Vaccination North-Western Provinces and Oudh 1896-1901 - 1896-1901
Year: 1896
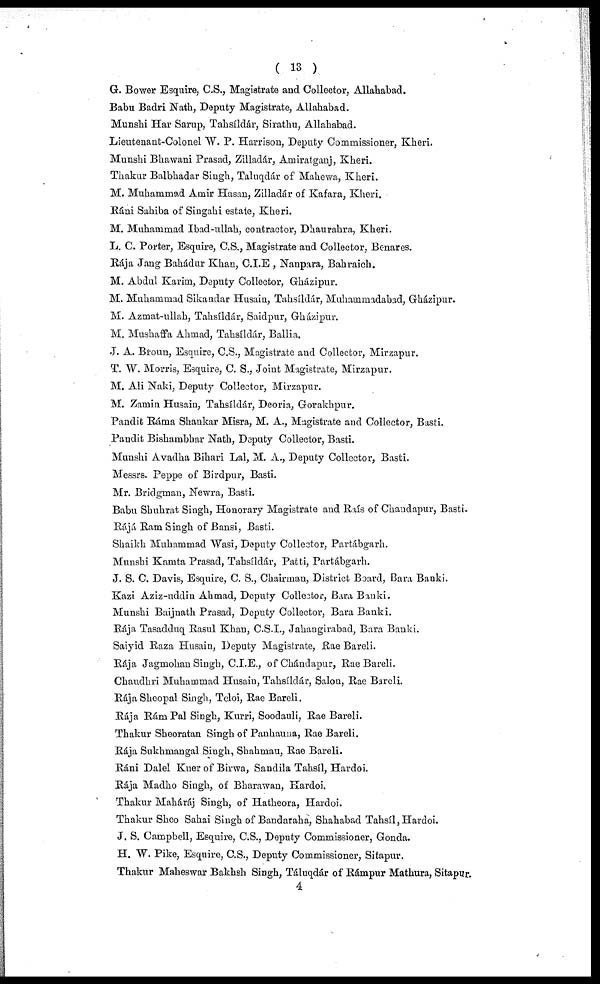
( 13 )
G. Bower Esquire, C.S., Magistrate and Collector, Allahabad.
Babu Badri Nath, Deputy Magistrate, Allahabad.
Munshi Har Sarup, Tahsíldár, Sirathu, Allahabad.
Lieutenant-Colonel W. P. Harrison, Deputy Commissioner, Kheri.
Munshi Bhawani Prasad, Zilladár, Amiratganj, Kheri.
Thakur Balbhadar Singh, Taluqdár of Makewa, Kheri.
M. Muhammad Amir Hasan, Zilladár of Kafara, Kheri.
Ráni Sahiba of Singahi estate, Kheri.
M. Muhammad Ibad-ullah, contractor, Dhaurahra, Kheri.
L. C. Porter, Esquire, C.S., Magistrate and Collector, Benares.
Rája Jang Bahádur Khan, C.I.E , Nanpara, Bahraich.
M. Abdul Karim, Deputy Collector, Gházipur.
M. Muhammad Sikandar Husain, Tahsíldár, Muhammadabad, Gházipur.
M. Azmat-ullah, Tahsíldár, Saidpur, Gházipur.
M. Mushaffa Ahmad, Tahsíldár, Ballia.
J. A. Broun, Esquire, C.S., Magistrate and Collector, Mirzapur.
T. W. Morris, Esquire, C. S., Joint Magistrate, Mirzapur.
M. Ali Naki, Deputy Collector, Mirzapur.
M. Zamin Husain, Tahsíldár, Deoria, Gorakhpur.
Pandit Ráma Shankar Misra, M. A., Magistrate and Collector, Basti.
Pandit Bishambhar Nath, Deputy Collector, Basti.
Munshi Avadha Bihari Lal, M. A., Deputy Collector, Basti.
Messrs. Peppe of Birdpur, Basti.
Mr. Bridgman, Newra, Basti.
Babu Shuhrat Singh, Honorary Magistrate and Raís of Chandapur, Basti.
Rájá Ram Singh of Bansi, Basti.
Shaikh Muhammad Wasi, Deputy Collector, Partábgarh.
Munshi Kamta Prasad, Tahsíldár, Patti, Partábgarh.
J. S. C. Davis, Esquire, C. S., Chairman, District Board, Bara Banki.
Kazi Aziz-uddin Ahmad, Deputy Collector, Bara Banki.
Munshi Baijnath Prasad, Deputy Collector, Bara Banki.
Rája Tasadduq Rasul Khan, C.S.I., Jahaugirabad, Bara Banki.
Saiyid Raza Husain, Deputy Magistrate, Rae Bareli.
Rája Jagmohan Singh, C.I.E., of Chándapur, Rae Bareli.
Chaudhri Muhammad Husain, Tahsíldár, Salon, Rae Bareli.
Rája Sheopal Singh, Teloi, Rae Bareli.
Rája Rám Pal Singh, Kurri, Soodauli, Rae Bareli.
Thakur Sheoratan Singh of Panhauna, Rae Bareli.
Rája Sukhmangal Singh, Shahmau, Rae Bareli.
Ráni Dalel Kuer of Birwa, Sandila Tahsíl, Hardoi.
Rája Madho Singh, of Bharawan, Hardoi.
Thakur Maháráj Singh, of Hatheora, Hardoi.
Thakur Sheo Sahai Singh of Bandaraha, Shahabad Tahsíl, Hardoi.
J. S. Campbell, Esquire, C.S., Deputy Commissioner, Gonda.
H. W. Pike, Esquire, C.S., Deputy Commissioner, Sitapur.
Thakur Maheswar Bakhsh Singh, Táluqdár of Rámpur Mathura, Sitapur.
4